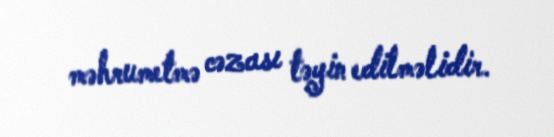
məhrumetmə cəzası təyin edilməlidir.